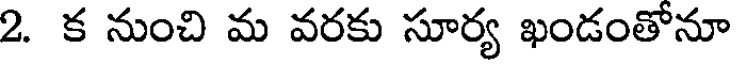
2. క నుంచి మ వరకు సూర్య ఖండంతోనూ